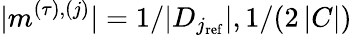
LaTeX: |m^{(\tau),(j)}|=1/|D_{j_{\mathrm{ref}}}|,1/(2\, |C|)